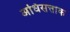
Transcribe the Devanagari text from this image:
अधिसत्ताक